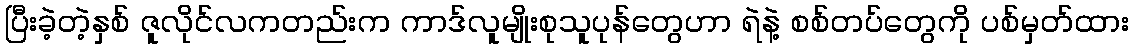
ပြီးခဲ့တဲ့နှစ် ဇူလိုင်လကတည်းက ကာဒ်လူမျိုးစုသူပုန်တွေဟာ ရဲနဲ့ စစ်တပ်တွေကို ပစ်မှတ်ထား